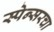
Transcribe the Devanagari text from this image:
स्पेन्सरचा